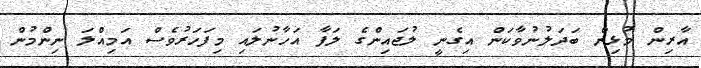
އާރިން މުޅިން ބަދަލުނުވާކަން އިގެނީ ލުޖައިންގެ ލަފާ އަހާނުލައި މިފަހަރުވެސް އަމިއްލަ ނިންމުން